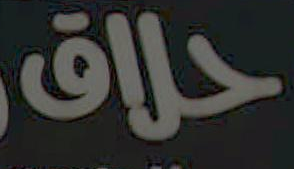
حلاق